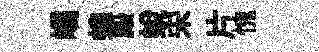
嶠蝗殿蜕宋片愧